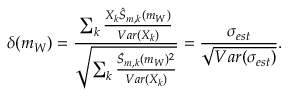
\delta ( m _ { W } ) = \frac { \sum _ { k } \frac { X _ { k } \hat { S } _ { m , k } ( m _ { W } ) } { V a r ( X _ { k } ) } } { \sqrt { \sum _ { k } \frac { \hat { S } _ { m , k } ( m _ { W } ) ^ { 2 } } { V a r ( X _ { k } ) } } } = \frac { \sigma _ { e s t } } { \sqrt { V a r ( \sigma _ { e s t } ) } } .